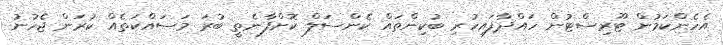
އެހެންކަމުން ޓޫރިސްޓުން ހައްދާފައިހުރި ބުކިންތައް ކެންސަލް ކޮށްފާނެތީ ބުރަ މަސައްކަތެއް ކުރަން ޖެހުނު